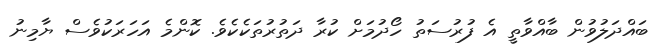
ބައްދަލުވުން ބާއްވާތީ އެ ފުރުސަތު ހޯދުމަށް ކުރާ ދަތުރުތަކެކެވެ. ކޮންމެ އަހަރަކުވެސް ޔާމިނު